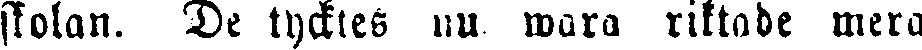
skolan. De tycktes nu wara riktade mera